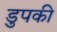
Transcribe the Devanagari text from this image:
डुपकी